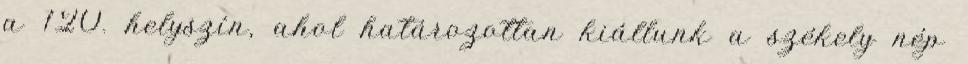
a 120. helyszín, ahol határozottan kiállunk a székely nép